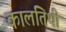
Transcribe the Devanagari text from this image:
कालतिथी